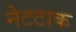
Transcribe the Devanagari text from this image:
नेटटाक